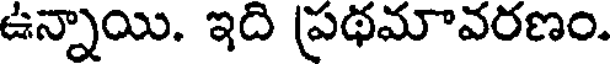
ఉన్నాయి. ఇది ప్రథమావరణం.